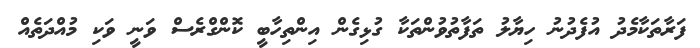
ފަރާތަކާމެދު އުފެދުނު ހިޔާލު ތަފާތުވުންތަކާ ގުޅިގެން އިންތިހާބީ ކޮންގްރެސް ވަނީ ވަކި މުއްދަތެއް